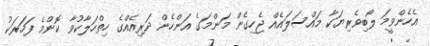
އެހެންވީމަ ލޯބިވެރިޔަކާ މައްސަލައެއް ޖެހިގެން މަންމަގެ އަންހެން ދަރިއެއްގެ ހިތްހަލާކުވާ ކޮންމެ ފަހަރަކު